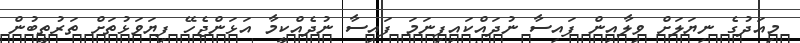
މިއަދުގެ ނިޔަލަށް ވިލާއިން ފައިސާ ނުދައްކައިފިނަމަ ފައިސާ ނުދެއްކީމާ އަޅަންޖެހޭ ފިޔަވަޅުތަށް ތަރުތީބުން